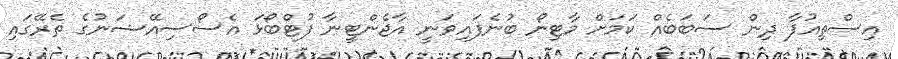
އިސްތިއުފާ ދިން ސަބަބެއް ކަމަށް މާޓިނޯ ބުނެފައިވަނީ އާޖެންޓީނާ ފުޓްބޯޅަ އެސޯސިއޭޝަނުގެ ތެރޭގައި